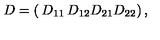
D = \left( \begin{matrix} { D _ { 1 1 } } & { D _ { 1 2 } } \\ { D _ { 2 1 } } & { D _ { 2 2 } } \\ \end{matrix} \right) ,